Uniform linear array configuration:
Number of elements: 32
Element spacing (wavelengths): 1
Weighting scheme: blackman
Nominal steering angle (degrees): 30
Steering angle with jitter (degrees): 31.773
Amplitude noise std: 0.05
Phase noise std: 0.05

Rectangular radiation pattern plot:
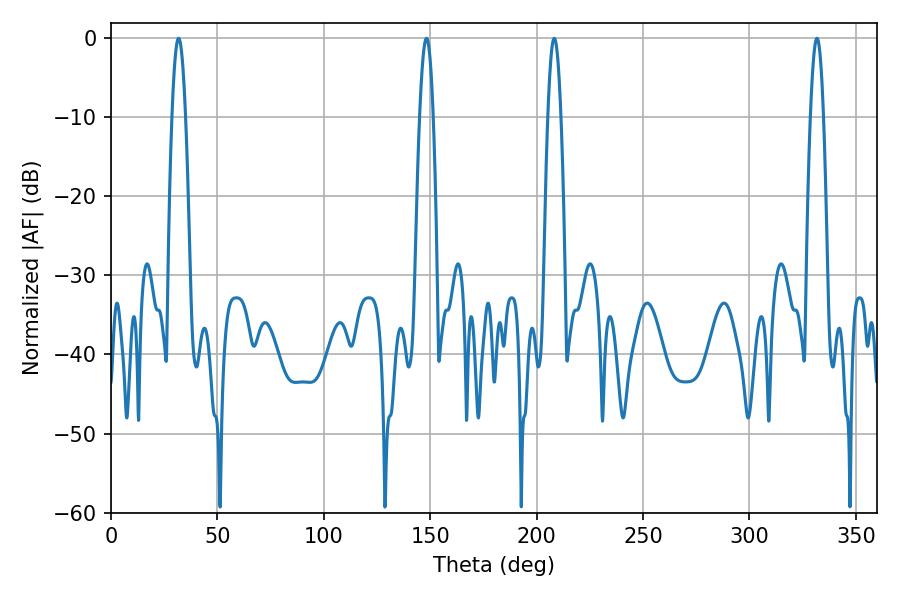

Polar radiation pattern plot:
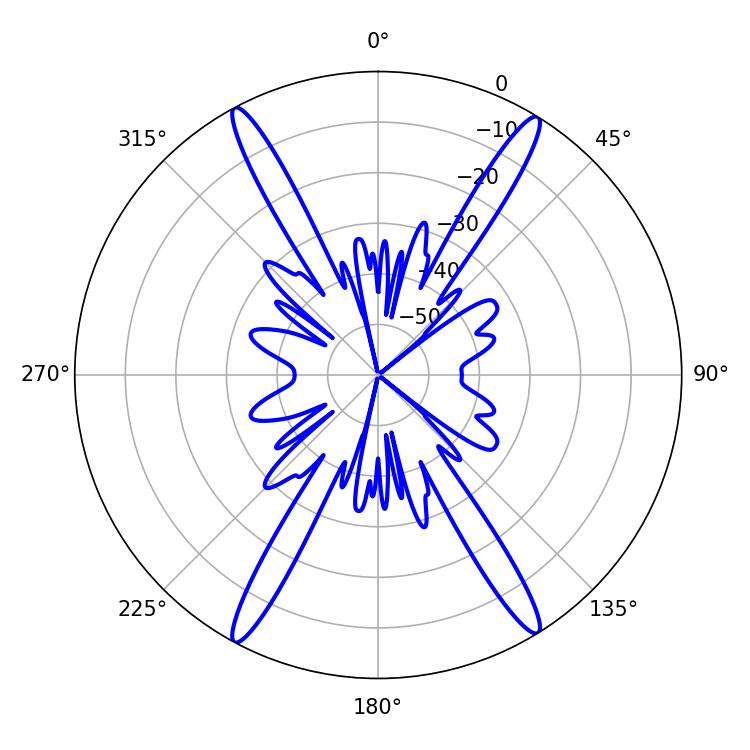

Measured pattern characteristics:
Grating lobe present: TRUE
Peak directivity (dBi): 23.426
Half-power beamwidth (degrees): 3.24
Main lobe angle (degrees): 208.26